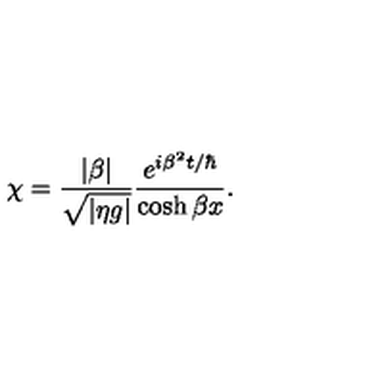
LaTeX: \chi = { \frac { | \beta | } { \sqrt { | \eta g | } } } { \frac { e ^ { i \beta ^ { 2 } t / \hbar } } { \cosh \beta x } } .